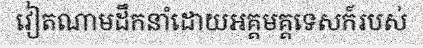
វៀតណាមដឹកនាំដោយអគ្គមគ្គទេសក៍របស់